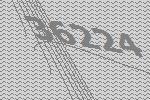
36224